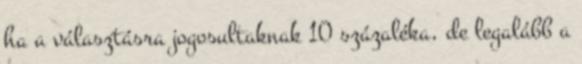
ha a választásra jogosultaknak 10 százaléka, de legalább a